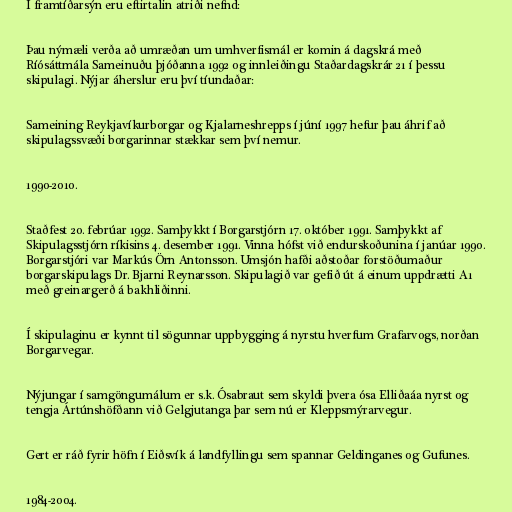
Í framtíðarsýn eru eftirtalin atriði nefnd:

Þau nýmæli verða að umræðan um umhverfismál er komin á dagskrá með
Ríósáttmála Sameinuðu þjóðanna 1992 og innleiðingu Staðardagskrár 21 í þessu
skipulagi. Nýjar áherslur eru því tíundaðar:

Sameining Reykjavíkurborgar og Kjalarneshrepps í júní 1997 hefur þau áhrif að
skipulagssvæði borgarinnar stækkar sem því nemur.

1990-2010.

Staðfest 20. febrúar 1992. Samþykkt í Borgarstjórn 17. október 1991. Samþykkt af
Skipulagsstjórn ríkisins 4. desember 1991. Vinna hófst við endurskoðunina í janúar 1990.
Borgarstjóri var Markús Örn Antonsson. Umsjón hafði aðstoðar forstöðumaður
borgarskipulags Dr. Bjarni Reynarsson. Skipulagið var gefið út á einum uppdrætti A1
með greinargerð á bakhliðinni.

Í skipulaginu er kynnt til sögunnar uppbygging á nyrstu hverfum Grafarvogs, norðan
Borgarvegar.

Nýjungar í samgöngumálum er s.k. Ósabraut sem skyldi þvera ósa Elliðaáa nyrst og
tengja Ártúnshöfðann við Gelgjutanga þar sem nú er Kleppsmýrarvegur.

Gert er ráð fyrir höfn í Eiðsvík á landfyllingu sem spannar Geldinganes og Gufunes.

1984-2004.